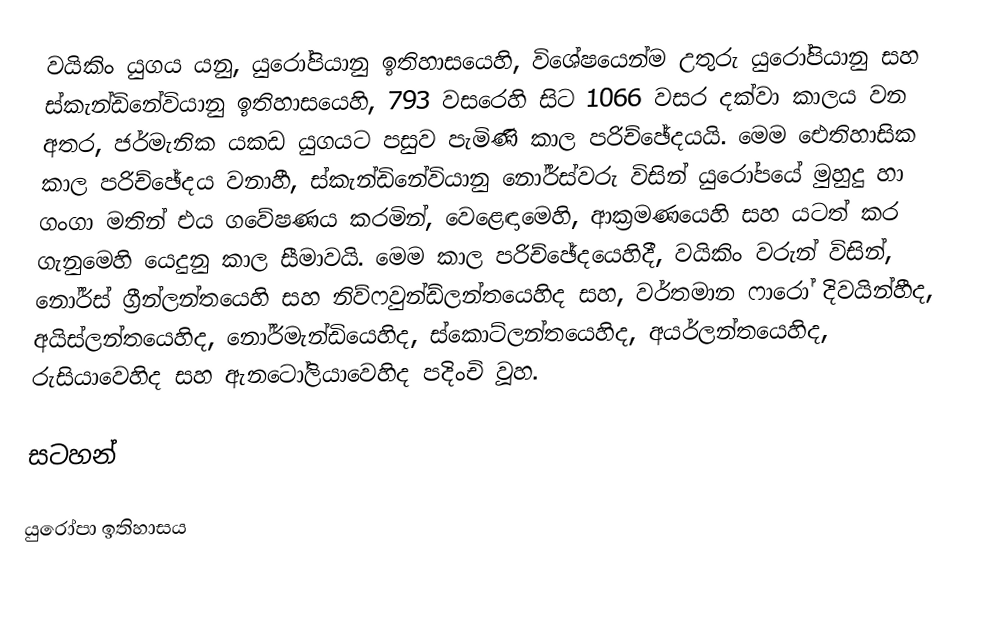
වයිකිං යුගය යනු, යුරෝපියානු ඉතිහාසයෙහි, විශේෂයෙන්ම උතුරු යුරෝපියානු සහ ස්කැන්ඩිනේවියානු ඉතිහාසයෙහි,  793 වසරෙහි සිට 1066 වසර දක්වා කාලය වන අතර,  ජර්මැනික යකඩ යුගයට පසුව පැමිණි කාල පරිච්ඡේදයයි. මෙම ඓතිහාසික කාල පරිච්ඡේදය වනාහී, ස්කැන්ඩිනේවියානු නෝර්ස්වරු විසින් යුරෝපයේ මුහුදු හා ගංගා මතින් එය ගවේෂණය කරමින්, වෙළෙඳාමෙහි, ආක්‍රමණයෙහි සහ යටත් කර ගැනුමෙහි යෙදුනු කාල සීමාවයි. මෙම කාල පරිච්ඡේදයෙහිදී, වයිකිං වරුන් විසින්, නෝර්ස් ග්‍රීන්ලන්තයෙහි සහ නිව්ෆවුන්ඩ්ලන්තයෙහිද සහ, වර්තමාන  ෆාරෝ දිවයින්හීද, අයිස්ලන්තයෙහිද, නෝර්මැන්ඩියෙහිද, ස්කොට්ලන්තයෙහිද, අයර්ලන්තයෙහිද, රුසියාවෙහිද සහ ඇනටෝලියාවෙහිද පදිංචි වූහ.

සටහන්

යුරෝපා ඉතිහාසය